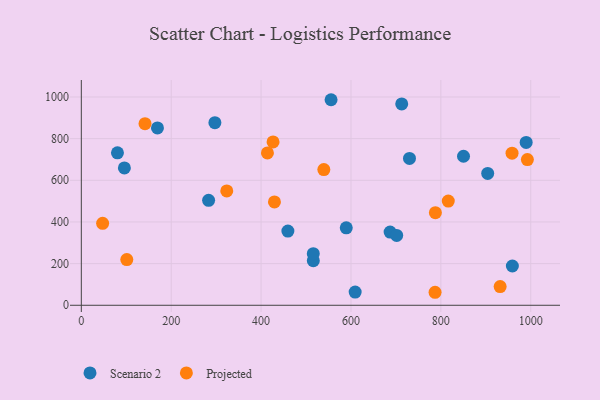
{"axis": {"x": "Ad Spend", "y": "Yield"}, "legend": ["Projected", "Scenario 2"], "data": [{"x": "95.8", "y": 659.5, "type": "Scenario 2"}, {"x": "850.4", "y": 715.5, "type": "Scenario 2"}, {"x": "687.1", "y": 351.3, "type": "Scenario 2"}, {"x": "516.2", "y": 214.2, "type": "Scenario 2"}, {"x": "516.1", "y": 247.5, "type": "Scenario 2"}, {"x": "80.4", "y": 732.1, "type": "Scenario 2"}, {"x": "169.4", "y": 851.4, "type": "Scenario 2"}, {"x": "297.2", "y": 876.8, "type": "Scenario 2"}, {"x": "904.2", "y": 633.0, "type": "Scenario 2"}, {"x": "283.2", "y": 503.8, "type": "Scenario 2"}, {"x": "701.7", "y": 335.1, "type": "Scenario 2"}, {"x": "589.5", "y": 372.0, "type": "Scenario 2"}, {"x": "730.2", "y": 704.8, "type": "Scenario 2"}, {"x": "959.1", "y": 188.6, "type": "Scenario 2"}, {"x": "459.6", "y": 356.4, "type": "Scenario 2"}, {"x": "712.9", "y": 966.4, "type": "Scenario 2"}, {"x": "609.3", "y": 63.5, "type": "Scenario 2"}, {"x": "989.8", "y": 782.0, "type": "Scenario 2"}, {"x": "555.7", "y": 986.8, "type": "Scenario 2"}, {"x": "539.6", "y": 651.3, "type": "Projected"}, {"x": "101.2", "y": 219.2, "type": "Projected"}, {"x": "787.8", "y": 444.5, "type": "Projected"}, {"x": "141.7", "y": 871.9, "type": "Projected"}, {"x": "787.1", "y": 62.4, "type": "Projected"}, {"x": "414.1", "y": 731.3, "type": "Projected"}, {"x": "816.5", "y": 500.4, "type": "Projected"}, {"x": "958.4", "y": 730.4, "type": "Projected"}, {"x": "47.4", "y": 393.5, "type": "Projected"}, {"x": "429.7", "y": 496.0, "type": "Projected"}, {"x": "426.6", "y": 784.3, "type": "Projected"}, {"x": "931.9", "y": 89.8, "type": "Projected"}, {"x": "992.5", "y": 699.3, "type": "Projected"}, {"x": "323.6", "y": 549.0, "type": "Projected"}]}